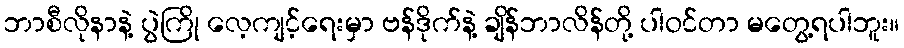
ဘာစီလိုနာနဲ့ ပွဲကြို လေ့ကျင့်ရေးမှာ ဗန်ဒိုက်နဲ့ ချိန်ဘာလိန်တို့ ပါဝင်တာ မတွေ့ရပါဘူး။